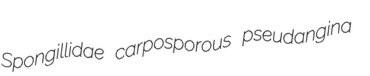
Spongillidae carposporous pseudangina